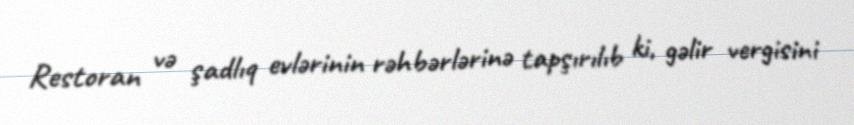
Restoran və şadlıq evlərinin rəhbərlərinə tapşırılıb ki, gəlir vergisini